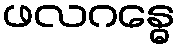
ဖလဂန္ဓေ